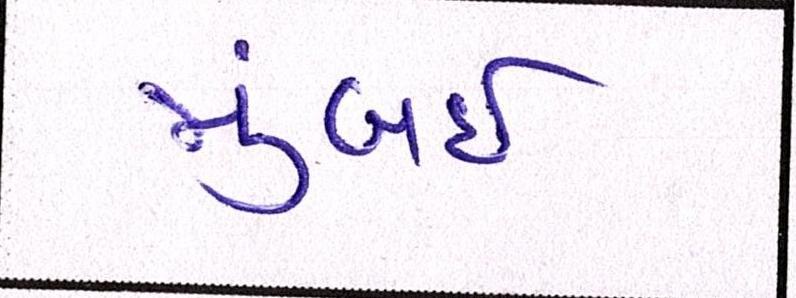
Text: મુંબઇઃ